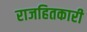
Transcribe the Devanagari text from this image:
राजहितकारी